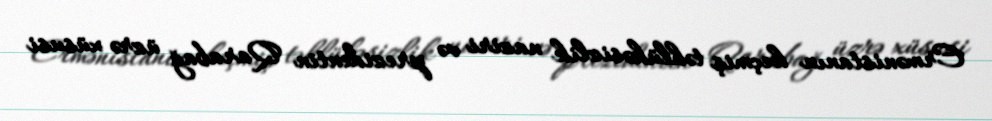
Ermənistanın keçmiş təhlükəsizlik naziri və prezidentin Qarabağ üzrə xüsusi